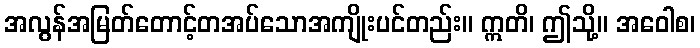
အလွန်အမြတ်တောင့်တအပ်သောအကျိုးပင်တည်း။ ဣတိ၊ ဤသို့။ အဝေါစ၊